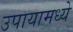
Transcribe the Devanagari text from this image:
उपायामध्ये